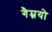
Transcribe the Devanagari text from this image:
गैम्नयो